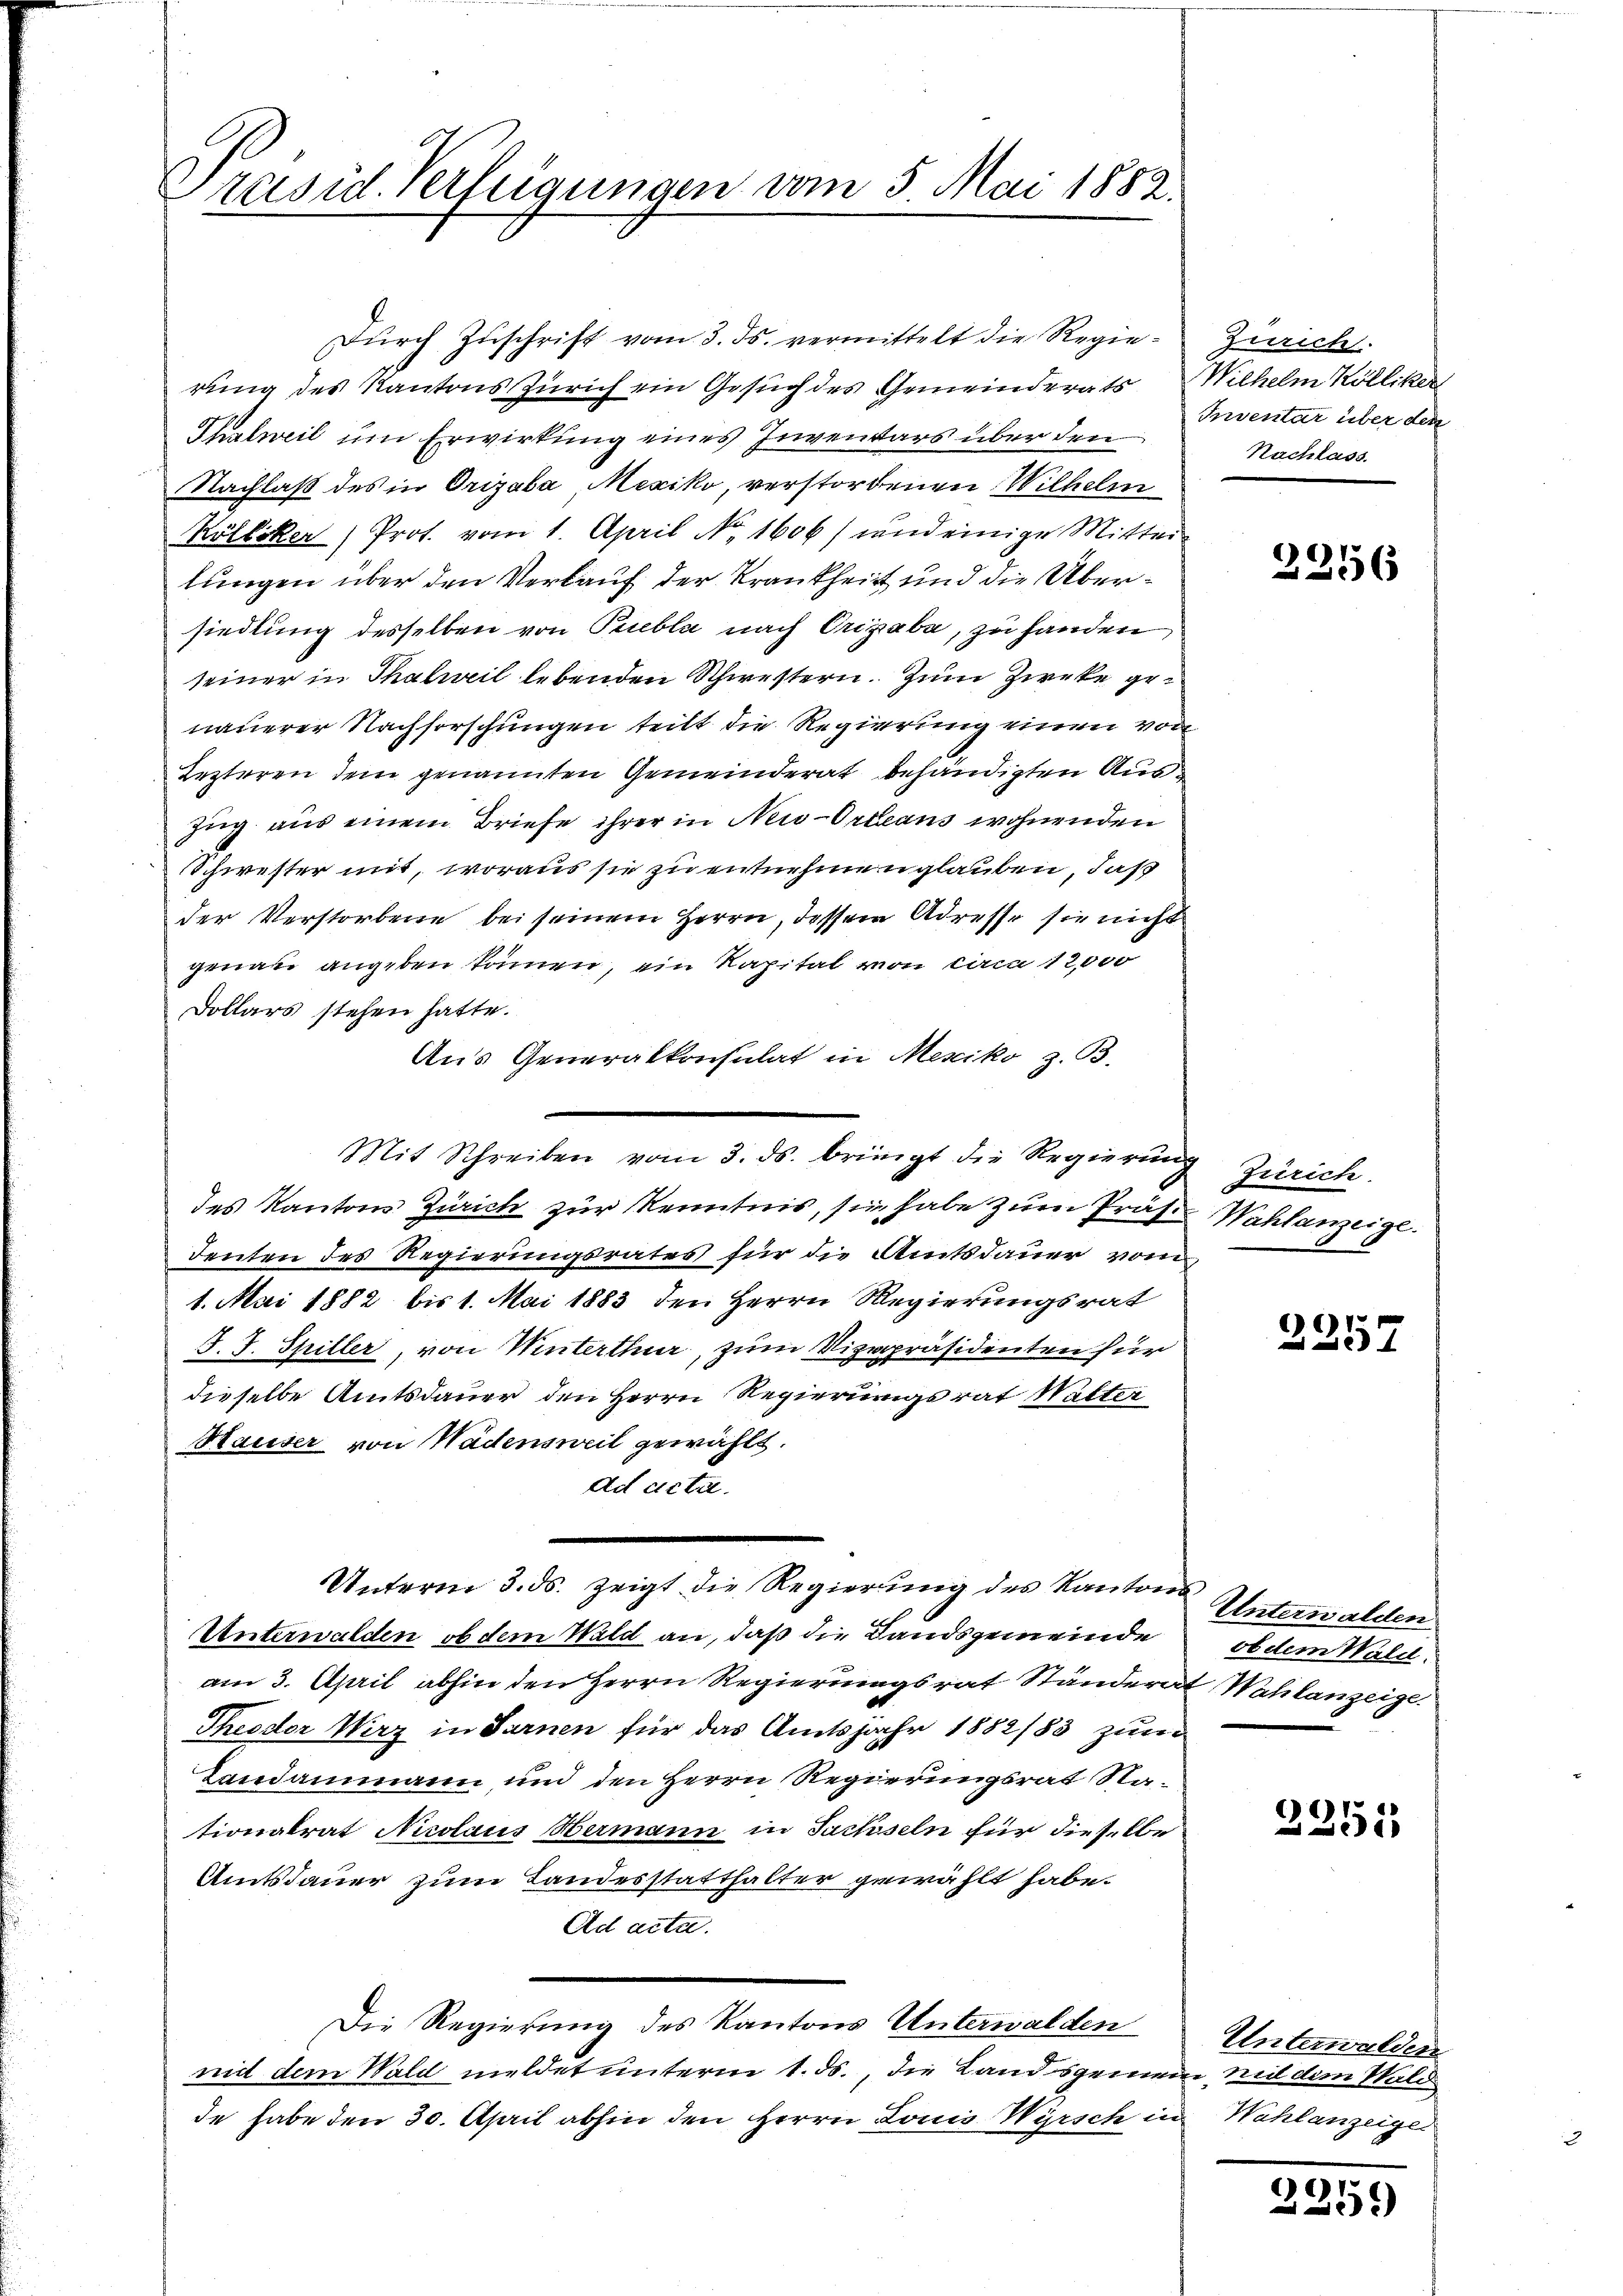
Präsid. Verfeigungen vom 5. Mai 1882.

b
durch Zuschrift vom 3. ds. vermittelt die Regierung des Kantons Zürich ein Gesuch des Gemeinderats
Thalweil um Erwirkung eines Inventars über den
Nachlaß des in Orizaba, Mexiko, verstorbenen Wilhelm
Kölliker, Prof. vom 1. April No. 1606/ und einige Mittei
lungen über den Verkauf der Krankheit und die Übersiedlung desselben von Puebla nach Origabe, zu handen
seiner in Thalweil lebenden Schwestern. Zum Zirke genauerer Nachforschungen teilt die Regierung einen von
Lezteren dem genannten Gemeinderat behändigten Aus¬
Zug aus einem Briefe ihrer in New-Orleans wohnenden
Schwester mit, woraus sie zu entnehmen glauben, daß
der Verstorbene bei seinem Herrn, dessen Adresse sie nicht
genau angeben können, ein Kapital von vom 12,000
Dollars stehen hatte.
Aus Generalkonsulat in Mexiko z. B.
des Kantons Zürich zur Kenntnis, sie habe zŭm Präs. Wahlanzeige.
deuten des Regierungsrates für die Amtsdauer vom
1. Mai 1882 bis 1. Mai 1883 den Herrn Regierungsrat
J. J. Spiller, von Winterthur, zum Vizepräsidenten für
dieselbe Amtsdauer den Herrn Regierungsrat Walter
Hauser von Wadensweil gewählt.
ad acta.
e
Unterm 3. ds. zeigt die Regierŭng des Kantons Unterwalden
Unterwalden, ob dem Wald an, daß die Landsgemeinde ob dem Wald.
am 3. April abhin den Herrn Regierungsrat Ständerat Wahlanzeige
Theodor Wirz in Sarnen für das Amtsjahr 1882/83 zum
Landammann und den Herrn Regierungsrat Nationalrat Nicolaus Hermann in Sachseln für dieselbe
Amtsdauer zum Landesstatthalter gewählt habe.
Ad acta.
Die Regierung des Kantons Unterwalden
mid dem Wald meldet unterm 1. ds., die Landsgemein mit dem Wald
de habe den 30. April abhin den Herrn Lonio Wyrsch in Wahlanzeige

Mit Schreiben vom 3. ds. bringt die Regierŭng Zürich.

Zürich.
Wilhelm Kölliker
Inventar über den
Nachlass.

2256

2257

2251

Unterwalden

2259